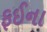
ફઈના